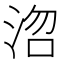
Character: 𭰞